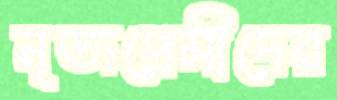
নৃত্যপ্রেমীদের